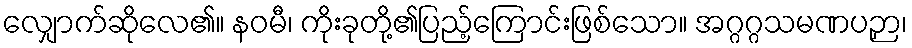
လျှောက်ဆိုလေ၏။ နဝမီ၊ ကိုးခုတို့၏ပြည့်ကြောင်းဖြစ်သော။ အဂ္ဂဂ္ဂသမဏပဉှာ၊